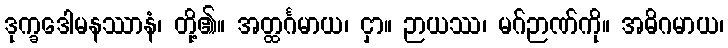
ဒုက္ခဒေါမနဿာနံ၊ တို့၏။ အတ္ထင်္ဂမာယ၊ ငှာ။ ဉာယဿ၊ မဂ်ဉာဏ်ကို။ အဓိဂမာယ၊